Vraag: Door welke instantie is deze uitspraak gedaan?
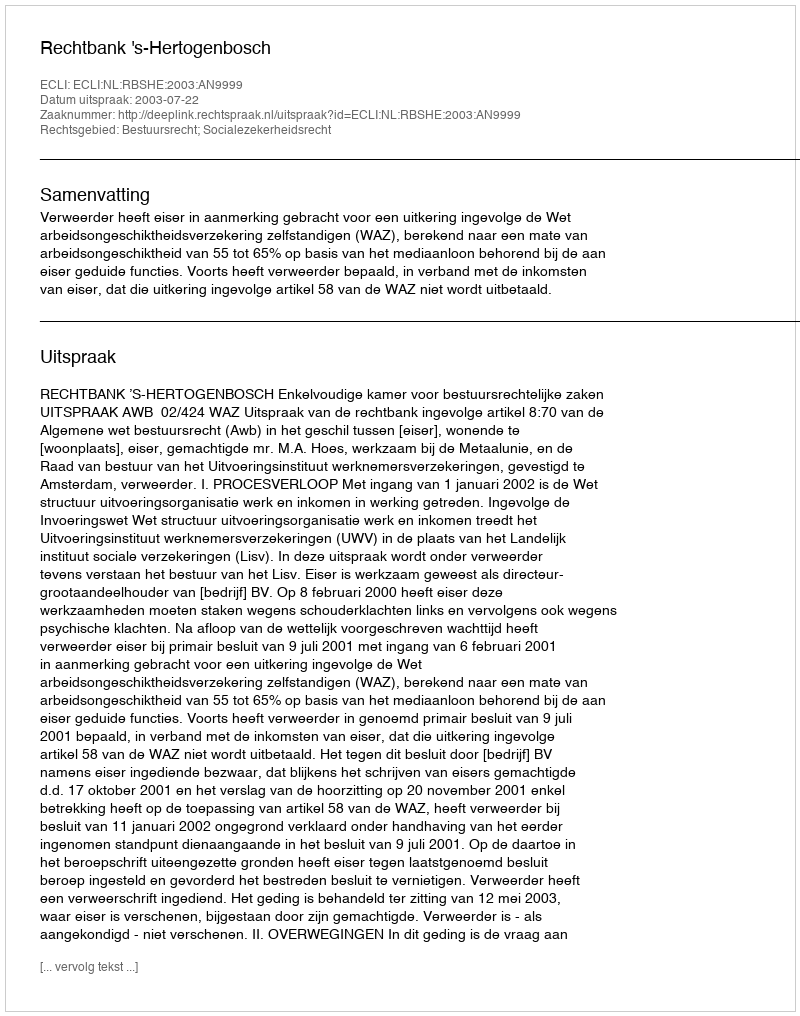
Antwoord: Rechtbank 's-Hertogenbosch